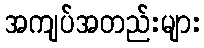
အကျပ်အတည်းများ